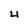
Character: U